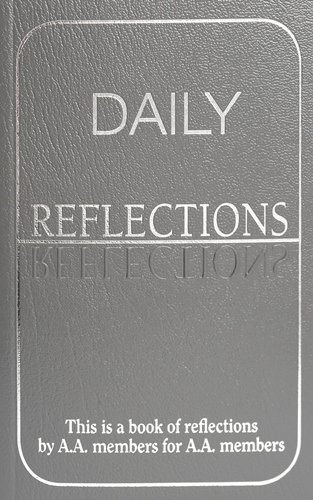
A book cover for Daily Reflections: A Book of Reflections by A.A. Members for A.A. Members; A.A.; Health, Fitness & Dieting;